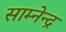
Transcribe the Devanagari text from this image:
साम्नेन्द्र